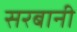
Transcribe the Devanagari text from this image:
सरबानी